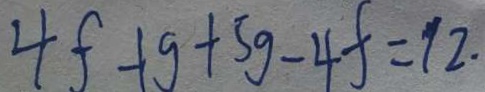
4 f + g + 5 g - 4 f = 1 2 .